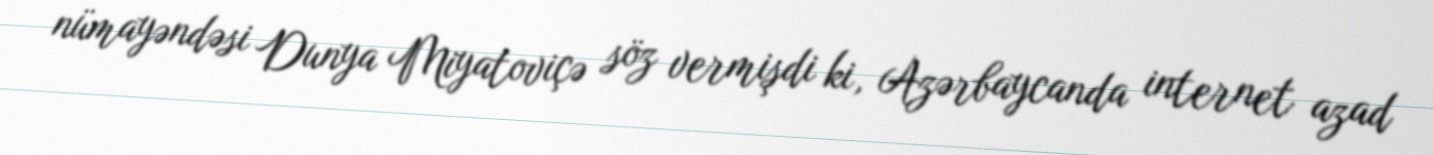
nümayəndəsi Dunya Miyatoviçə söz vermişdi ki, Azərbaycanda internet azad